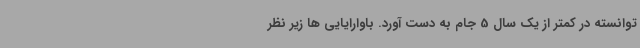
توانسته در کمتر از یک سال 5 جام به دست آورد. باوارایایی ها زیر نظر